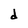
Character: d